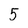
Character: 5